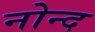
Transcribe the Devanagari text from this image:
नोन्द